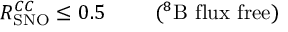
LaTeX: R _ { \mathrm { S N O } } ^ { C C } \leq 0 . 5 \ \ \ \ \ \ \ ( ^ { 8 } { \mathrm { B \ f l u x \ f r e e } } )